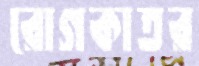
রোগকাতর